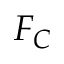
F _ { C }